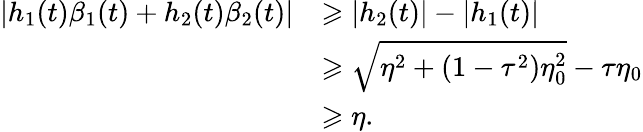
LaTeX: \begin{array}{rl}{\left|h_{1}(t)\beta_{1}(t)+h_{2}(t)\beta_{2}(t)\right|}&{\geqslant\left|h_{2}(t)\right|-\left|h_{1}(t)\right|}\\ &{\geqslant\sqrt{\eta^{2}+\left(1-\tau^{2}\right)\eta_{0}^{2}}-\tau\eta_{0}}\\ &{\geqslant\eta.}\end{array}